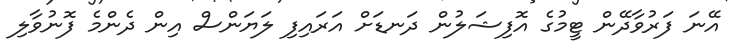
އޭނަ ފަރުވާދޭން ޓީމުގެ އޮފިޝަލުން ދަނޑަށް އަރައިފި ލަޔަންސް އިން ދެންމެ ފޮނުވާލި